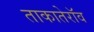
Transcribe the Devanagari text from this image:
ताकातेराॅव